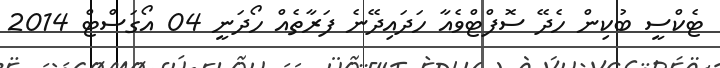
ޓެކްސީ ބުކިން ހެދޭ ސޮފްޓްވެއާ ހަދައިދޭނެ ފަރާތެއް ހޯދަނީ 04 އޯގަސްޓް 2014